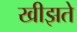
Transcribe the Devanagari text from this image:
खीझते